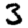
Digit: 3